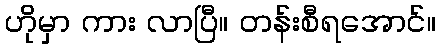
ဟိုမှာ ကား လာပြီ။ တန်းစီရအောင်။